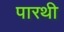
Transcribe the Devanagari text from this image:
पारथी